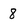
Character: 8